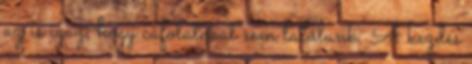
az is igaz, hogy cáfolatokat sem találunk. A kezdés